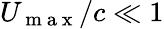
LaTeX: U_{\mathrm{~m~a~x~}}/c\ll 1